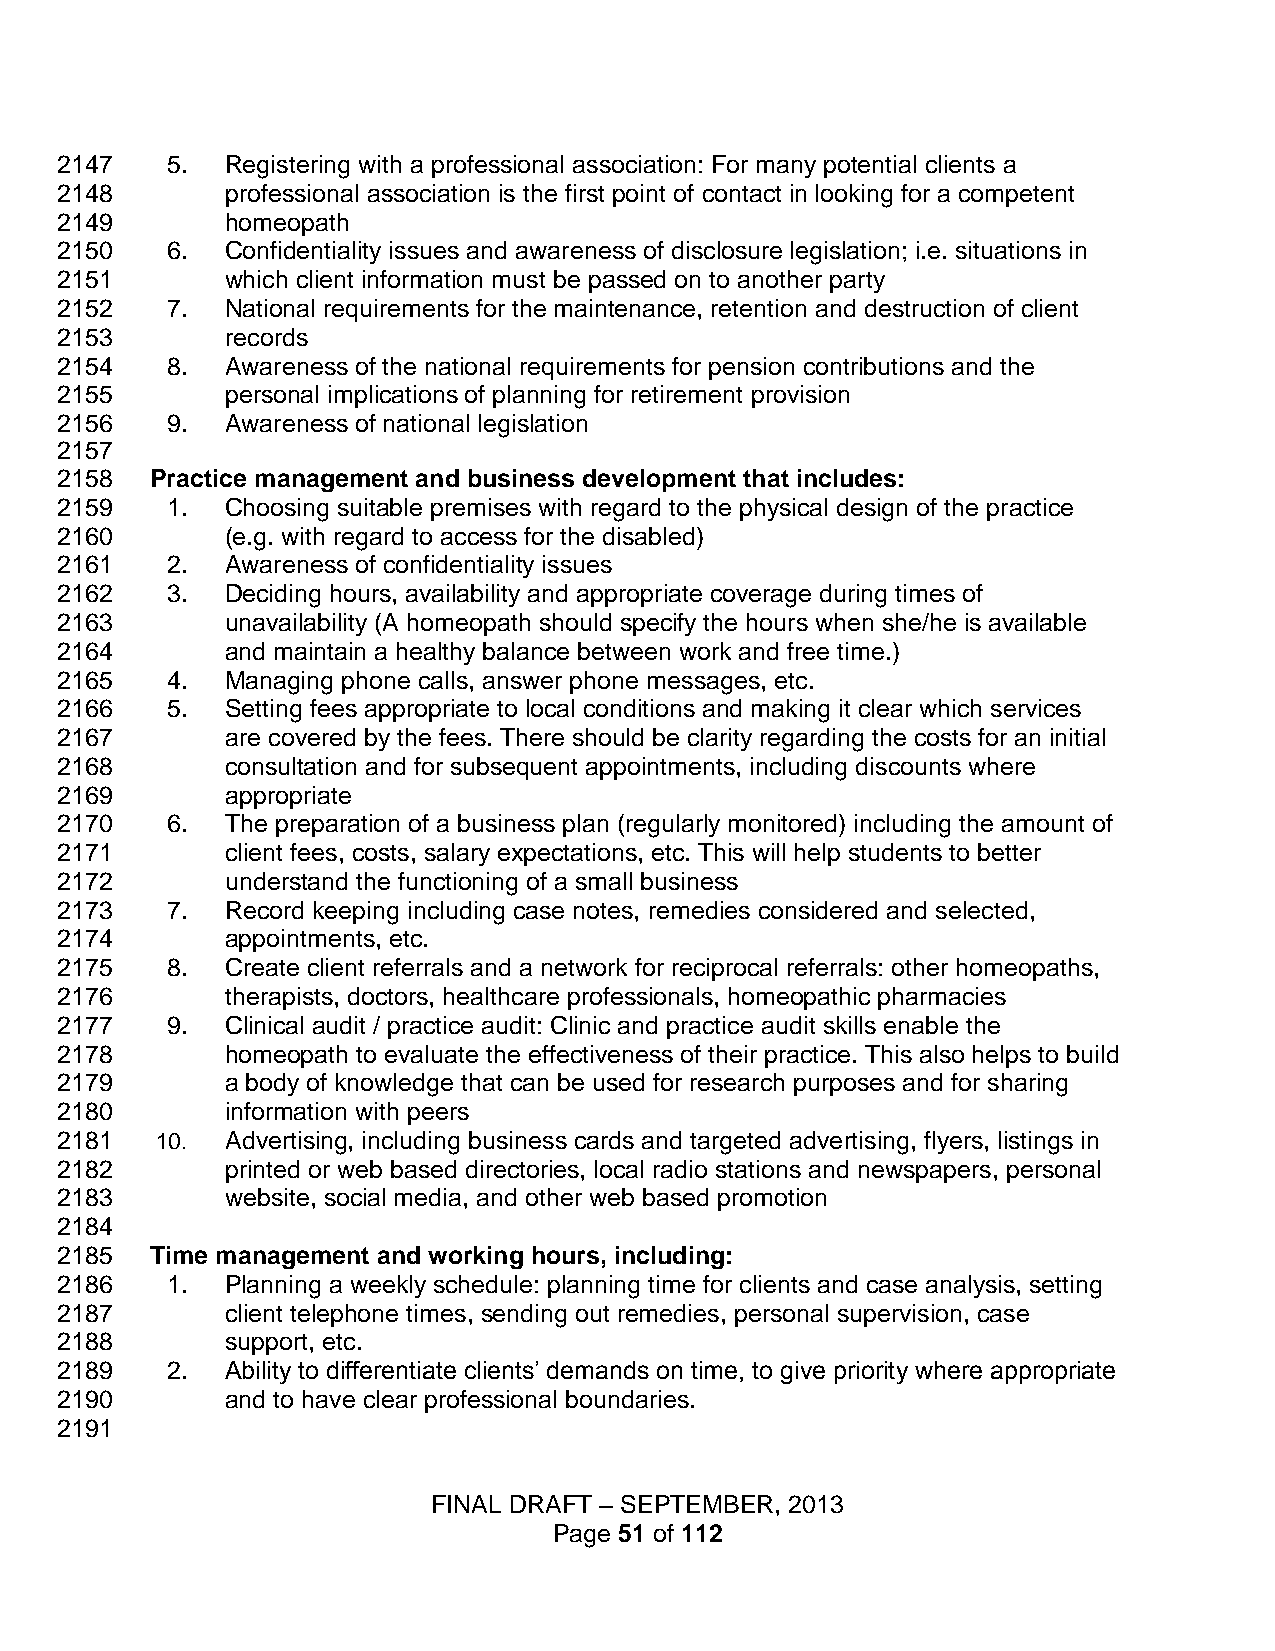
2147   5.  Registering with a professional association: For many potential clients a
 2148       professional association is the first point of contact in looking for a competent
 2149       homeopath
 2150   6.  Confidentiality issues and awareness of disclosure legislation; i.e. situations in
 2151       which client information must be passed on to another party
 2152   7.  National requirements for the maintenance, retention and destruction of client
 2153       records
 2154   8.  Awareness of the national requirements for pension contributions and the
 2155       personal implications of planning for retirement provision
 2156   9.  Awareness of national legislation
 2157
 2158  Practice management and business development that includes:
 2159   1.  Choosing suitable premises with regard to the physical design of the practice
 2160       (e.g. with regard to access for the disabled)
 2161   2.  Awareness of confidentiality issues
 2162   3.  Deciding hours, availability and appropriate coverage during times of
 2163       unavailability (A homeopath should specify the hours when she/he is available
 2164       and maintain a healthy balance between work and free time.)
 2165   4.  Managing phone calls, answer phone messages, etc.
 2166   5.  Setting fees appropriate to local conditions and making it clear which services
 2167       are covered by the fees. There should be clarity regarding the costs for an initial
 2168       consultation and for subsequent appointments, including discounts where
 2169       appropriate
 2170   6.  The preparation of a business plan (regularly monitored) including the amount of
 2171       client fees, costs, salary expectations, etc. This will help students to better
 2172       understand the functioning of a small business
 2173   7.  Record keeping including case notes, remedies considered and selected,
 2174       appointments, etc.
 2175   8.  Create client referrals and a network for reciprocal referrals: other homeopaths,
 2176       therapists, doctors, healthcare professionals, homeopathic pharmacies
 2177   9.  Clinical audit / practice audit: Clinic and practice audit skills enable the
 2178       homeopath to evaluate the effectiveness of their practice. This also helps to build
 2179       a body of knowledge that can be used for research purposes and for sharing
 2180       information with peers
 2181  10.  Advertising, including business cards and targeted advertising, flyers, listings in
 2182       printed or web based directories, local radio stations and newspapers, personal
 2183       website, social media, and other web based promotion
 2184
 2185  Time management and working hours, including:
 2186   1.  Planning a weekly schedule: planning time for clients and case analysis, setting
 2187       client telephone times, sending out remedies, personal supervision, case
 2188       support, etc.
 2189   2.  Ability to differentiate clients’ demands on time, to give priority where appropriate
 2190       and to have clear professional boundaries.
 2191
 FINAL DRAFT – SEPTEMBER, 2013
 Page 51 of 112